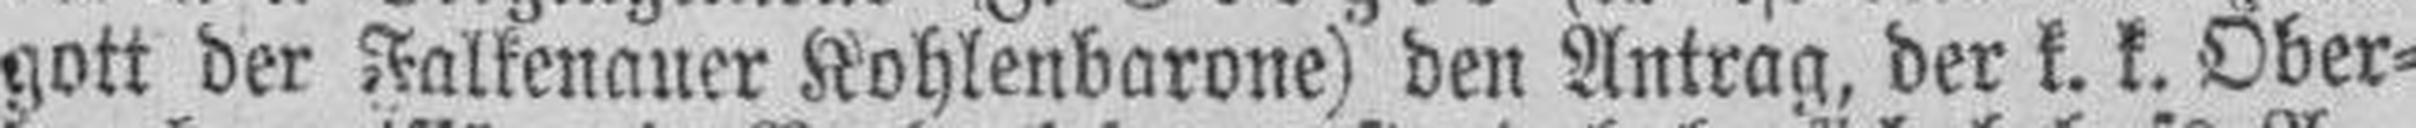
gott der Falkenauer Kohlenbarone) den Antrag, der k. k. Ober¬